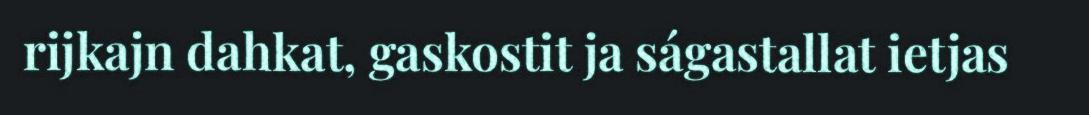
rijkajn dahkat, gaskostit ja ságastallat ietjas